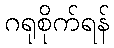
ဂရုစိုက်ရန်